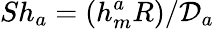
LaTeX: Sh_{a}=(h_{m}^{a}R)/{\cal D}_{a}